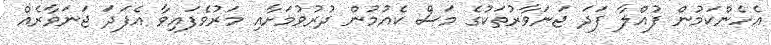
އެހެންކަމުން ފުއްލާ ފަދަ ޖަނަވާރުތަކުގެ މަސް ކެއުމުން ދުރުވުމަށާއި މަރުވެފައިވާ އެފަދަ ޖަނަވާރެއް